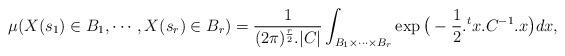
LaTeX: \begin{align*}\mu(X(s_1)\in B_1,\cdots, X(s_r)\in B_r)=\frac{1}{(2\pi)^{\frac{r}{2}}.|C|}\int_{B_1\times \cdots \times B_r } \exp\big(-\frac{1}{2}.{}^{t}{x}.C^{-1}.x\big) dx,\end{align*}